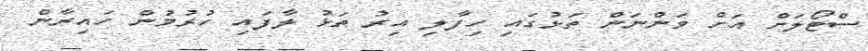
ސްޓޯލަށް އަށް ވަންނަން ތަޅުގައި ހިފާލި އިރު ތަޅު ލާފައި ހުރުމުން ހައިރާން